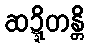
ဆဍ္ဍိတန္တိ